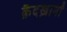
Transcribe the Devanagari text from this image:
क़ैदख़ानों